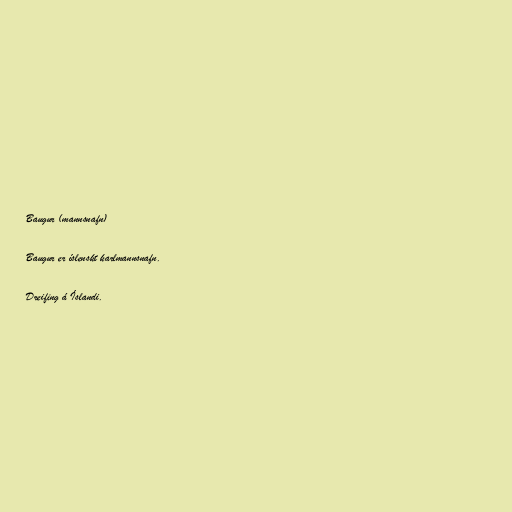
Baugur (mannsnafn)

Baugur er íslenskt karlmannsnafn.

Dreifing á Íslandi.